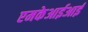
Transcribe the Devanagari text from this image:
एमकेआईआई